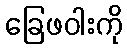
ခြေဖဝါးကို